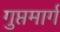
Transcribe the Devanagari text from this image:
गुप्तमार्ग